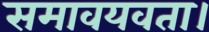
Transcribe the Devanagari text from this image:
समावयवता।